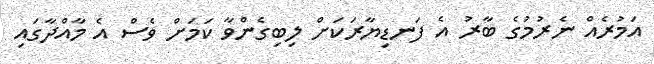
އަމުރެއް ނެރުމުގެ ބާރު އެ ފަނޑިޔާރަކަށް ލިބިގެންވާ ކަމަށް ވެސް އެ މާއްދާގައި